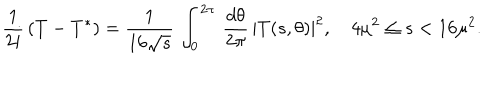
{ \frac { 1 } { 2 i } } \, ( T - T ^ { * } ) = { \frac { 1 } { 1 6 \sqrt { s } } } \, \int _ { 0 } ^ { 2 \pi } \, { \frac { d \theta } { 2 \pi } } \, | T ( s , \theta ) | ^ { 2 } , \quad 4 \mu ^ { 2 } \le s < 1 6 \mu ^ { 2 } .